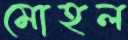
মোহল